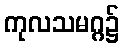
ကုလသမဂ္ဂ၌